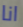
انا